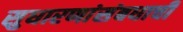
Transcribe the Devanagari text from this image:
सुधारणांसंबधाची